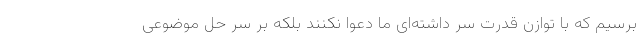
برسیم که با توازن قدرت سر داشته‌ای ما دعوا نکنند بلکه بر سر حل موضوعی